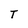
Character: T